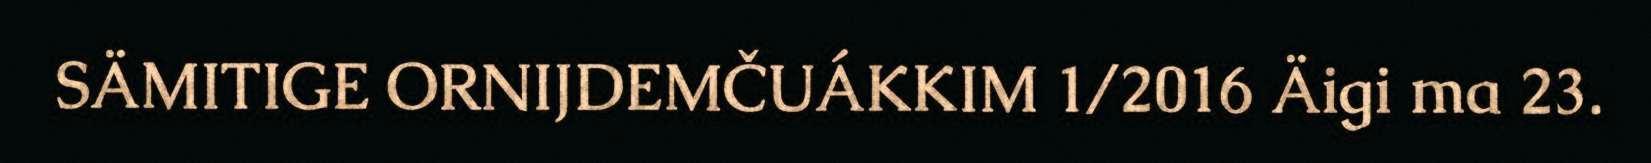
SÄMITIGE ORNIJDEMČUÁKKIM 1/2016 Äigi ma 23.